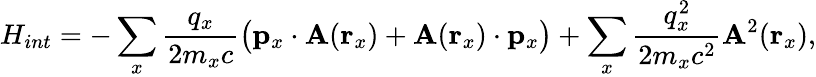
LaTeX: H_{int}=-\sum_{x}\frac{q_{x}}{2m_{x}c}\big(\mathbf{p}_{x}\cdot\mathbf{A}(\mathbf{r}_{x})+\mathbf{A}(\mathbf{r}_{x})\cdot\mathbf{p}_{x}\big)+\sum_{x}\frac{q_{x}^{2}}{2m_{x}c^{2}}\mathbf{A}^{2}(\mathbf{r}_{x}),